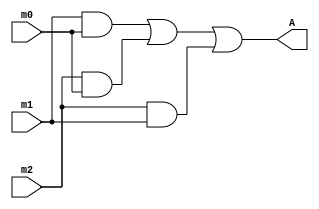
// Adarsh Chaudhary 1701CS01 Lab7 p5

module p5(A, m2, m1, m0); //you list all inputs and outputs, by convention outputs go first
	output A; // this tells the compile which lines are inputs and outputs
	input m2, m1, m0;
	
	and a0 (a0_o, m1, m0); // defines the a0 gate, see figure
	and a1 (a1_o, m2, m0); // defines the a1 gate, see figure
	and a2 (a2_o, m2, m1); // defines the a2 gate, see figure
	or o0 (A, a0_o, a1_o, a2_o); // defines the o0 gate, see figure
endmodule